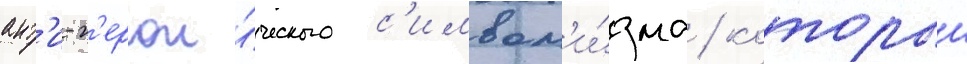
ант'и-г'ерои́ческого с'имвол'и́зма / которыи